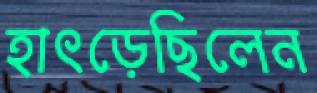
হাৎড়েছিলেন